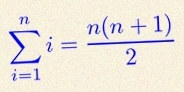
\sum_{i=1}^{n}i=\frac{n(n+1)}2